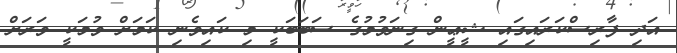
އަދި ފާރިސްކަރައިގައި ޝީޢީން ގިނަވުމުގެ ސަބަބަކީ މި ކައިވެނި ކަމަށް ވުމަކީ ވަރަށް